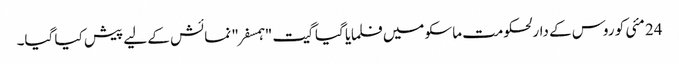
24 مئی کو روس کے دارلحکومت ماسکو میں فلمایا گیا گیت "ہمسفر" نمائش کے لیے پیش کیا گیا۔